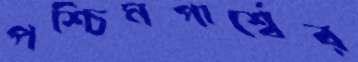
পশ্চিমপার্শ্বের